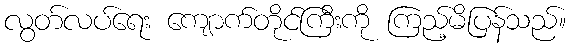
လွတ်လပ်ရေး ကျောက်တိုင်ကြီးကို ကြည့်မိပြန်သည်။